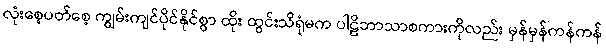
လုံးစေ့ပတ်စေ့ ကျွမ်းကျင်ပိုင်နိုင်စွာ ထိုး ထွင်းသိရုံမက ပါဠိဘာသာစကားကိုလည်း မှန်မှန်ကန်ကန်